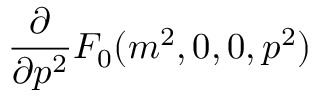
\frac { \partial } { \partial p ^ { 2 } } { \cal { F } } _ { 0 } ( m ^ { 2 } , 0 , 0 , p ^ { 2 } )